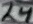
Text: 24